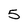
Character: 5